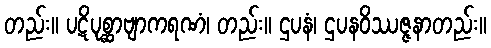
တည်း။ ပဋိပုစ္ဆာဗျာကရဏံ၊ တည်း။ ဌပနံ၊ ဌပနဝိဿဇ္ဇနာတည်း။